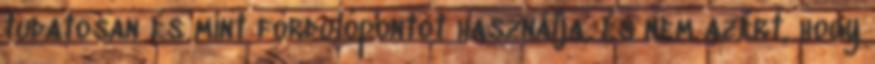
tudatosan és mint fordulópontot használja, és nem azért, hogy